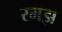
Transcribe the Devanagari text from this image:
रमझ